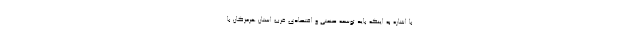
با اشاره به اینکه باید توسعه صنعتی و اقتصادی غرب استان هرمزگان با